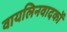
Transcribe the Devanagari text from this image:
वायलिनवादकों